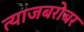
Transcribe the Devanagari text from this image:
त्याजबरोबर